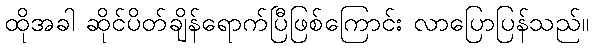
ထိုအခါ ဆိုင်ပိတ်ချိန်ရောက်ပြီဖြစ်ကြောင်း လာပြောပြန်သည်။